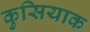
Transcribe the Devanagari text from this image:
कुसियाक